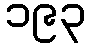
၁၉၃